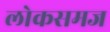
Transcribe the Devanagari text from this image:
लोकसमज